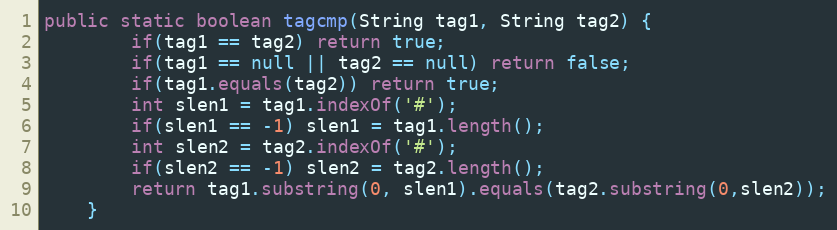
Language: Java
public static boolean tagcmp(String tag1, String tag2) {
        if(tag1 == tag2) return true;
        if(tag1 == null || tag2 == null) return false;
        if(tag1.equals(tag2)) return true;
        int slen1 = tag1.indexOf('#');
        if(slen1 == -1) slen1 = tag1.length();
        int slen2 = tag2.indexOf('#');
        if(slen2 == -1) slen2 = tag2.length();
        return tag1.substring(0, slen1).equals(tag2.substring(0,slen2));
    }